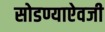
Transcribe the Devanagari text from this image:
सोडण्याऐवजी